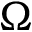
\Omega